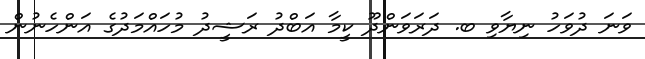
ވަނަ ދުވަހު ނިޔާވި ބ. ދަރަވަންދޫ ކީމާ އަބްދު ރަޝީދު މުހައްމަދުގެ އަންހެނުން